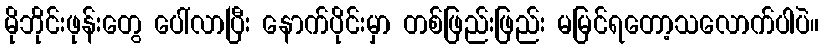
မိုဘိုင်းဖုန်းတွေ ပေါ်လာပြီး နောက်ပိုင်းမှာ တစ်ဖြည်းဖြည်း မမြင်ရတော့သလောက်ပါပဲ။